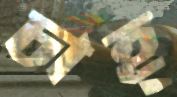
চাহ্